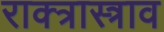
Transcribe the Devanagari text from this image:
राक्त्रास्त्राव